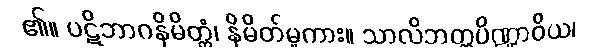
၏။ ပဋိဘာဂနိမိတ္တံ၊ နိမိတ်မူကား။ သာလိဘတ္တပိဏ္ဍာဝိယ၊